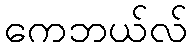
ကေဘယ်လ်